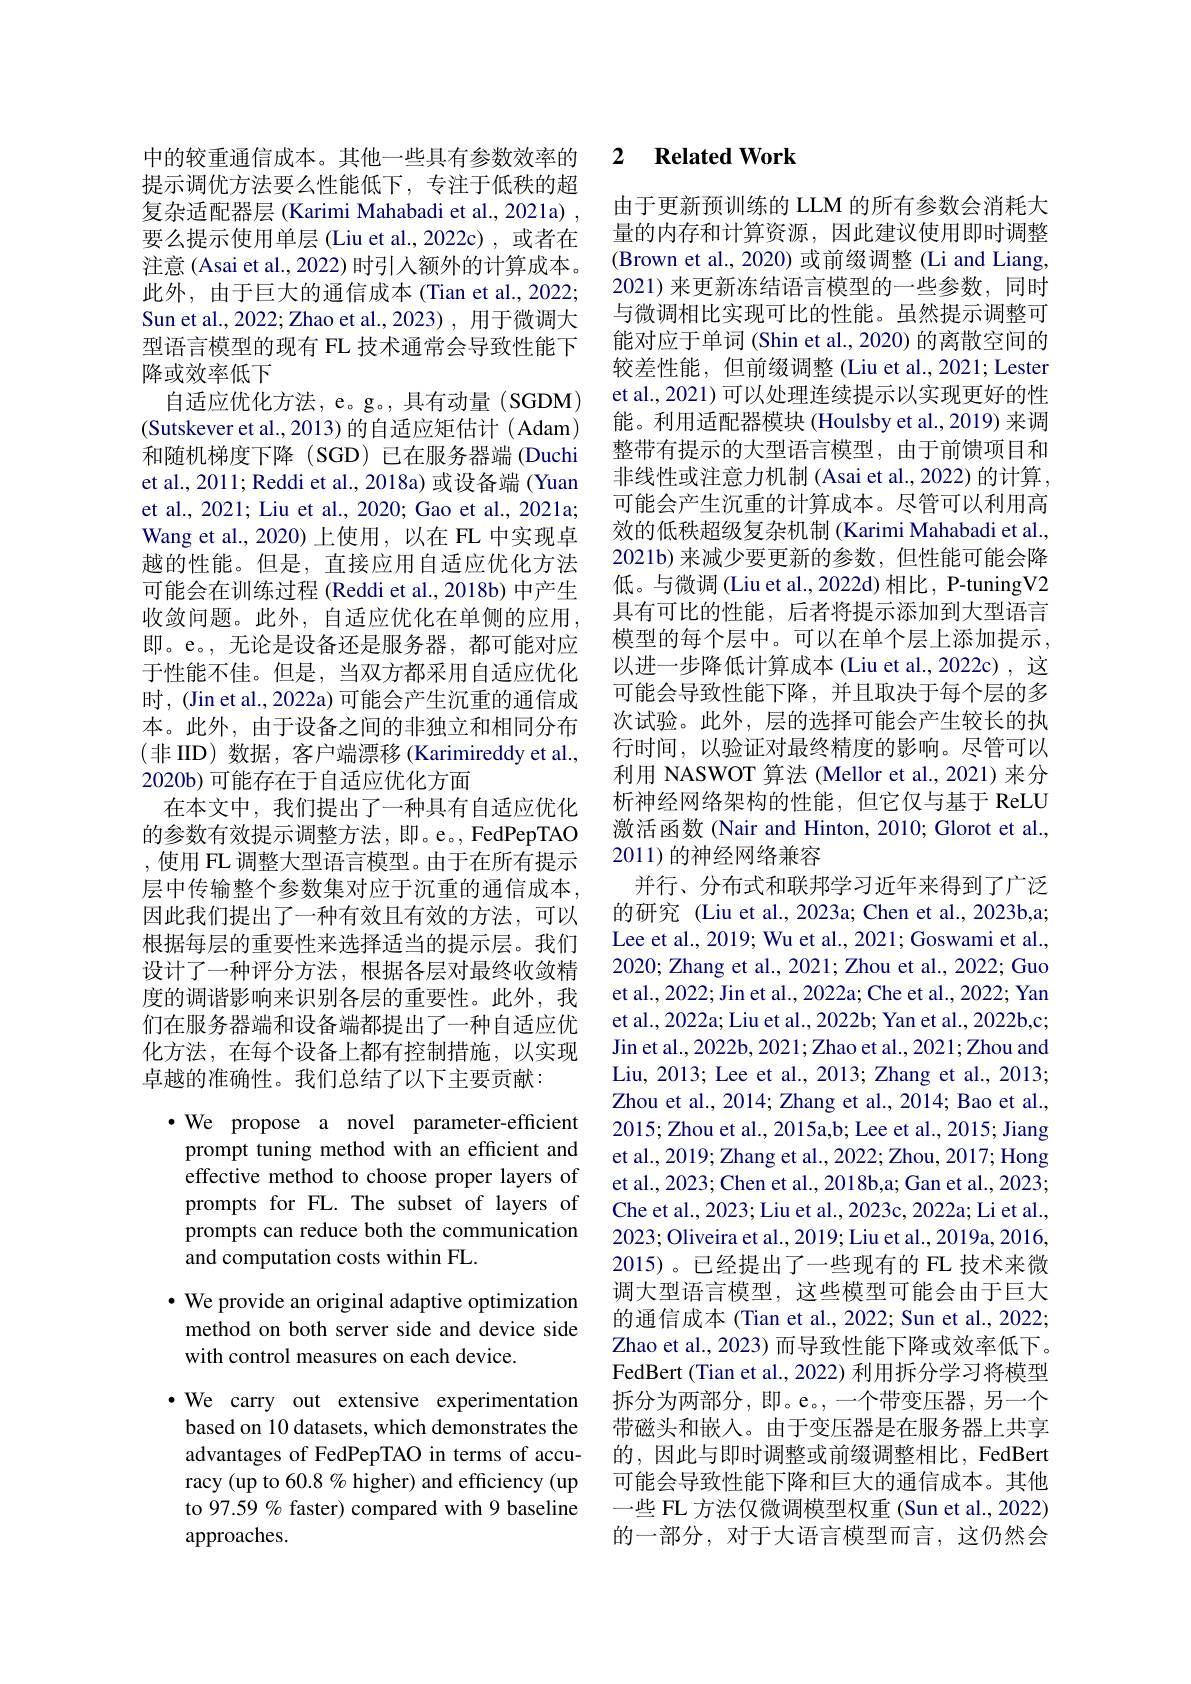
提示调优方法要么性能低下，专注于低秩的超复杂适配器层 (Karimi Mahabadi et al., 2021a) , 要么提示使用单层 (Liu et al.,2022c),或者在注意 (Asai et al., 2022) 时引人额外的计算成本。此外，由于巨大的通信成本(Tian et al., 2022; Sun et al., 2022; Zhao et al., 2023) , 用于微调大型语言模型的现有 FL 技术通常会导致性能下降或效率低下
自适应优化方法，e。g。,具有动量(SGDM) (Sutskever et al., 2013) 的自适应矩估计( Adam) 和随机梯度下降(SGD)已在服务器端(Duchi et al., 2011; Reddi et al., 2018a) 或设备端 (Yuan et al., 2021; Liu et al., 2020; Gao et al., 2021a; Wang et al., 2020)上使用，以在 FL 中实现卓越的性能。但是，直接应用自适应优化方法可能会在训练过程 (Reddi et al., 2018b) 中产生收敛问题。此外，自适应优化在单侧的应用， 即。e。,无论是设备还是服务器，都可能对应于性能不佳。但是，当双方都采用自适应优化时，(Jin et al., 2022a) 可能会产生沉重的通信成本。此外，由于设备之间的非独立和相同分布(非 IID)数据，客户端漂移(Karimireddy et al., 2020b) 可能存在于自适应优化方面
在本文中，我们提出了一种具有自适应优化的参数有效提示调整方法，即。e。, FedPepTAO ,使用 FL 调整大型语言模型。由于在所有提示层中传输整个参数集对应于沉重的通信成本， 因此我们提出了一种有效且有效的方法，可以根据每层的重要性来选择适当的提示层。我们设计了一种评分方法，根据各层对最终收敛精度的调谐影响来识别各层的重要性。此外，我们在服务器端和设备端都提出了一种自适应优化方法，在每个设备上都有控制措施，以实现卓越的准确性。我们总结了以下主要贡献：
$\cdot$ We propose a novel parameter-efficient prompt tuning method with an efficient and effective method to choose proper layers of prompts for FL. The subset of layers of prompts can reduce both the communication and computation costs within FL.
$\bullet$ We provide an original adaptive optimization method on both server side and device side with control measures on each device.
·We carry out extensive experimentation based on 10 datasets, which demonstrates the advantages of FedPepTAO in terms of accuracy (up to 60.8 % higher) and efficiency (up to 97.59 % faster) compared with 9 baseline approaches.

## 中的较重通信成本。其他一些具有参数效率的 2 Related Work

由于更新预训练的 LLM 的所有参数会消耗大量的内存和计算资源，因此建议使用即时调整(Brown et al., 2020) 或前缀调整 (Li and Liang, 2021)来更新冻结语言模型的一些参数，同时与微调相比实现可比的性能。虽然提示调整可能对应于单词 (Shin et al., 2020) 的离散空间的较差性能，但前缀调整 (Liu et al., 2021; Lester et al., 2021) 可以处理连续提示以实现更好的性能。利用适配器模块 (Houlsby et al., 2019) 来调整带有提示的大型语言模型，由于前馈项目和非线性或注意力机制 (Asai et al., 2022) 的计算， 可能会产生沉重的计算成本。尽管可以利用高效的低秩超级复杂机制 (Karimi Mahabadi et al., 2021b)来减少要更新的参数，但性能可能会降低。与微调(Liu et al., 2022d) 相比，P-tuningV2具有可比的性能，后者将提示添加到大型语言模型的每个层中。可以在单个层上添加提示， 以进一步降低计算成本(Liu et al.,2022c),这可能会导致性能下降，并且取决于每个层的多次试验。此外，层的选择可能会产生较长的执行时间，以验证对最终精度的影响。尽管可以利用 NASWOT 算法 (Mellor et al.,2021)来分析神经网络架构的性能，但它仅与基于 ReLU 激活函数(Nair and Hinton, 2010; Glorot et al., 2011)的神经网络兼容
并行、分布式和联邦学习近年来得到了广泛的研究 (Liu et al.,2023a; Chen et al.,2023b,a; Lee et al., 2019; Wu et al., 2021; Goswami et al., 2020; Zhang et al., 2021; Zhou et al., 2022; Guo et al., 2022; Jin et al., 2022a; Che et al., 2022; Yan et al., 2022a; Liu et al., 2022b; Yan et al., 2022b,c; Jin et al., 2022b, 2021; Zhao et al., 2021; Zhou and Liu, 2013; Lee et al., 2013; Zhang et al., 2013; Zhou et al., 2014; Zhang et al., 2014; Bao et al., 2015; Zhou et al., 2015a,b; Lee et al., 2015; Jiang et al., 2019; Zhang et al., 2022; Zhou, 2017; Hong et al., 2023; Chen et al., 2018b,a; Gan et al., 2023; Che et al., 2023; Liu et al., 2023c, 2022a; Li et al., 2023; Oliveira et al., 2019; Liu et al., 2019a, 2016, 2015)。已经提出了一些现有的 FL 技术来微调大型语言模型，这些模型可能会由于巨大的通信成本 (Tian et al., 2022; Sun et al., 2022; Zhao et al., 2023) 而导致性能下降或效率低下。FedBert (Tian et al., 2022) 利用拆分学习将模型拆分为两部分，即。e。,一个带变压器，另一个带磁头和嵌入。由于变压器是在服务器上共享的，因此与即时调整或前缀调整相比，FedBert 可能会导致性能下降和巨大的通信成本。其他一些 FL 方法仅微调模型权重 (Sun et al., 2022) 的一部分，对于大语言模型而言，这仍然会